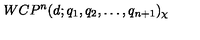
W C P ^ { n } ( d ; q _ { 1 } , q _ { 2 } , \dots , q _ { n + 1 } ) _ { \chi }